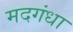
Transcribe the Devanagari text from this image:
मदगंधा